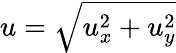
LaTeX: u=\sqrt{u_{x}^{2}+u_{y}^{2}}